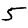
Digit: 5